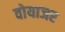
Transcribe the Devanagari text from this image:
वोयाजर